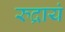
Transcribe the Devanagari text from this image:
रुद्रायं